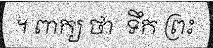
។ ពាក្យ ថា  ទឹក ព្រះ